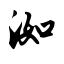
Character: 洳